Tezpur Lunatic Asylum reports 1895-1904 - 1895-1904
Year: 1895
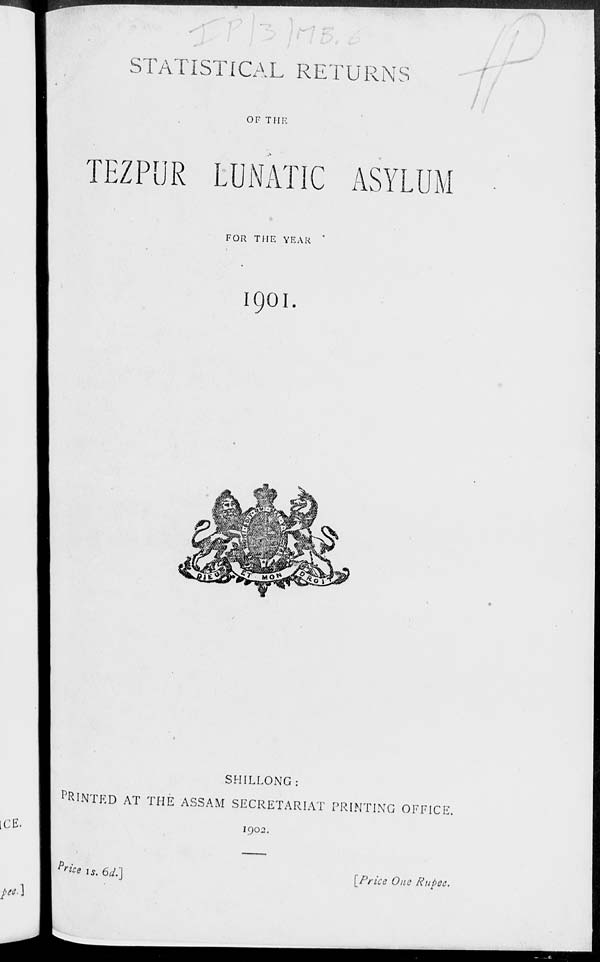
STATISTICAL RETURNS
OF THE
TEZPUR LUNATIC ASYLUM
FOR THE YEAR
1901.
SHILLONG :
PRINTED AT THE ASSAM SECRETARIAT PRINTIN G OFFICE.
1902.
Pr '** is. 6c/.]
[Price One Rupee.